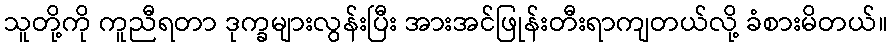
သူတို့ကို ကူညီရတာ ဒုက္ခများလွန်းပြီး အားအင်ဖြုန်းတီးရာကျတယ်လို့ ခံစားမိတယ်။